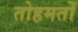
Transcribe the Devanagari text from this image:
तोहमतों